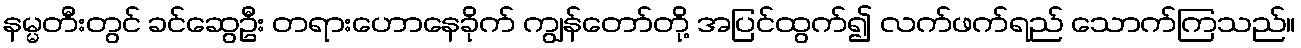
နမ္မတီးတွင် ခင်ဆွေဦး တရားဟောနေခိုက် ကျွန်တော်တို့ အပြင်ထွက်၍ လက်ဖက်ရည် သောက်ကြသည်။